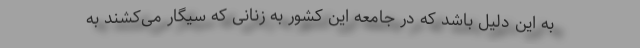
به این دلیل باشد که در جامعه این کشور به زنانی که سیگار می‌کشند به